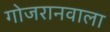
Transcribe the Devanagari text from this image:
गोजरानवाला